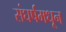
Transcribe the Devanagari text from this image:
संघर्षमधून